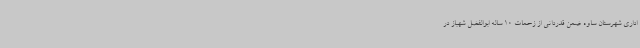
اداری شهرستان ساوه ضمن قدردانی از زحمات 10 ساله ابوالفضل شهباز در